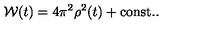
{ \cal W } ( t ) = 4 \pi ^ { 2 } \rho ^ { 2 } ( t ) + \mathrm { c o n s t . } .